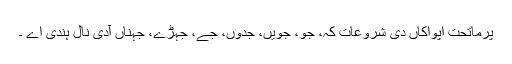
پرماتحت اپواکاں دی شروعات کہ، جو، جویں، جدوں، جے، جہڑے، جہناں آدی نال ہندی اے ۔